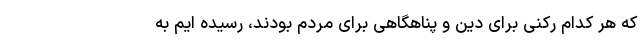
که هر کدام رکنی برای دین و پناهگاهی برای مردم بودند، رسیده ایم به